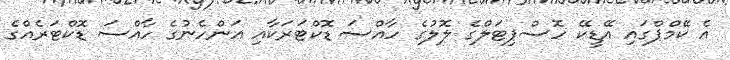
އެ ކޭމްޕްގައި އޭޑީކޭ ހޮސްޕިޓަލްގެ ލޮލުގެ ހާއްސަ ޑޮކްޓަރަކާއި އަންހެނުގެ ހާއްސަ ޑޮކްޓަރެއްގެ